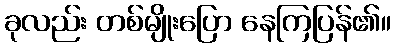
ခုလည်း တစ်မျိုးပြော နေကြပြန်၏။